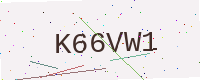
Text: K66VW1